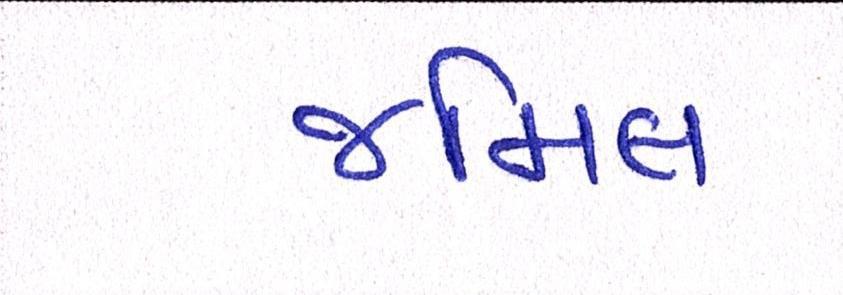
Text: જમિલ